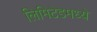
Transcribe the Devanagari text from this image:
लिमिटेडमध्ये